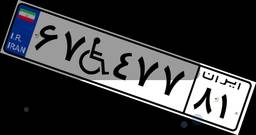
۷۴W۶۸۰۰۳